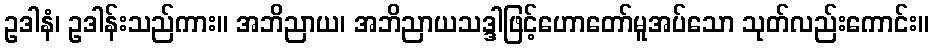
ဥဒါနံ၊ ဥဒါန်းသည်ကား။ အဘိညာယ၊ အဘိညာယသဒ္ဒါဖြင့်ဟောတော်မူအပ်သော သုတ်လည်းကောင်း။